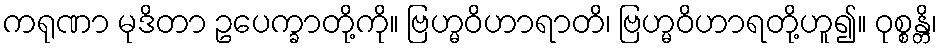
ကရုဏာ မုဒိတာ ဥပေက္ခာတို့ကို။ ဗြဟ္မဝိဟာရာတိ၊ ဗြဟ္မဝိဟာရတို့ဟူ၍။ ဝုစ္စန္တိ၊